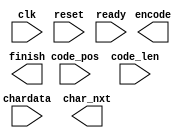
module LZ77_Decoder(clk,reset,ready,code_pos,code_len,chardata,encode,finish,char_nxt);

input 				clk;
input 				reset;
input				ready;
input 		[4:0] 	code_pos;
input 		[4:0] 	code_len;
input 		[7:0] 	chardata;
output  			encode;
output  			finish;
output 	  [7:0] 	char_nxt;


	/*-------------------------------------/
	/		Write your code here~		   /
	/-------------------------------------*/


endmodule